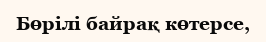
Бөрілі байрақ көтерсе,